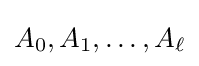
A_{0},A_{1},\dots ,A_{\ell }